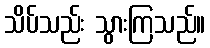
သိပ်သည်း သွားကြသည်။